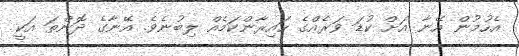
އެހުމުން އޭނާ އަށް ކުޑަ ވަރެއްގެ ހައިރާންކަމެއް ލިބުނެވެ. އޭނާގެ ދޮންތަ އަކީ